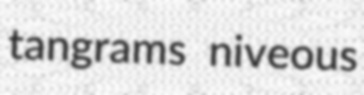
tangrams niveous